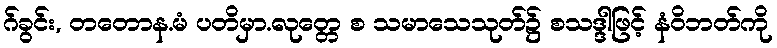
ဂ်ခွင်း, တတောန.မံ ပတိမှာ.လုတ္တေ စ သမာသေသုတ်၌ စသဒ္ဒါဖြင့် နံဝိဘတ်ကို